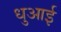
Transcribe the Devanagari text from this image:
धुआई